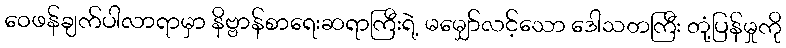
ဝေဖန်ချက်ပါလာရာမှာ နိဗ္ဗာန်စာရေးဆရာကြီးရဲ့ မမျှော်လင့်သော ဒေါသတကြီး တုံ့ပြန်မှုကို